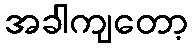
အခါကျတော့